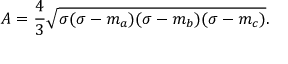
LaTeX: A = { \frac { 4 } { 3 } } { \sqrt { \sigma ( \sigma - m _ { a } ) ( \sigma - m _ { b } ) ( \sigma - m _ { c } ) } } .